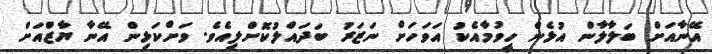
އޭނާއަށް ބަލާލާން އުޅެން ހީވުމާއެކު އަވަހަށް ނަޒަރު ބަދައްލުކޮަށްލިއެވެ. ވަށްކަޅިން އޭނާ ޔާޒްއަށް